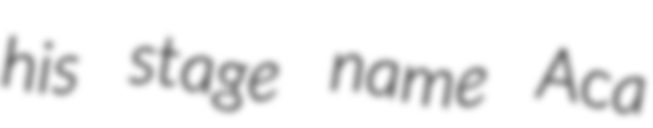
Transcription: his stage name Aca